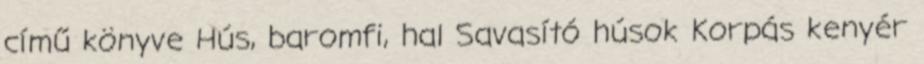
című könyve Hús, baromfi, hal Savasító húsok Korpás kenyér